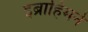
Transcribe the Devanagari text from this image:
इब्राहिमने